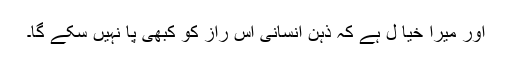
اور میرا خیا ل ہے کہ ذہن انسانی اس راز کو کبھی پا نہیں سکے گا۔